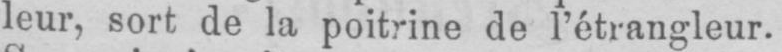
leur, sort de la poitrine de l’étrangleur.